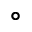
^ { \circ }